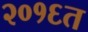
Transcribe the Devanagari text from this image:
२०१६त